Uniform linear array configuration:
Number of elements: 48
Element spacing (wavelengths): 0.5
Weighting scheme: kaiser
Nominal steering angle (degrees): -60
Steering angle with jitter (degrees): -60.52
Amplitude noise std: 0.05
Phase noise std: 0.05

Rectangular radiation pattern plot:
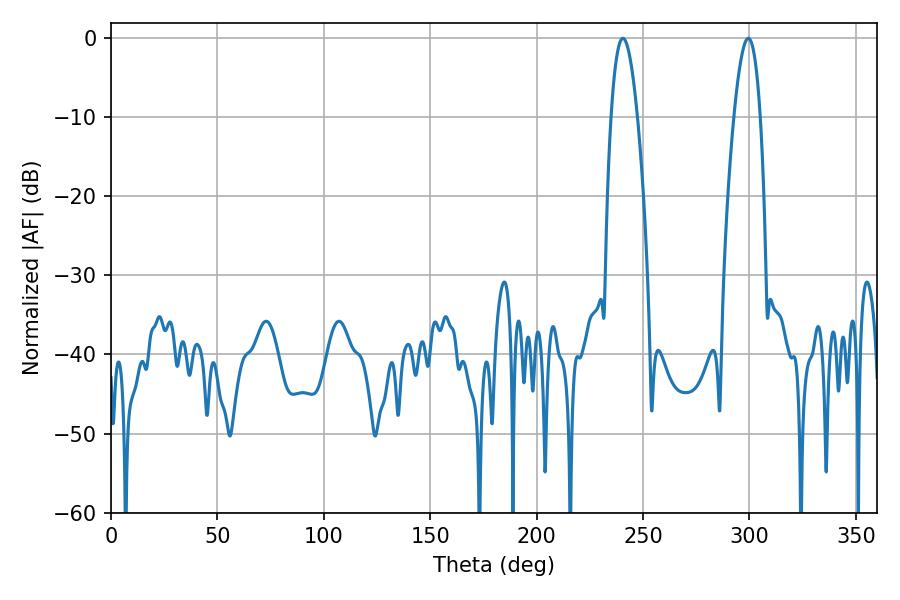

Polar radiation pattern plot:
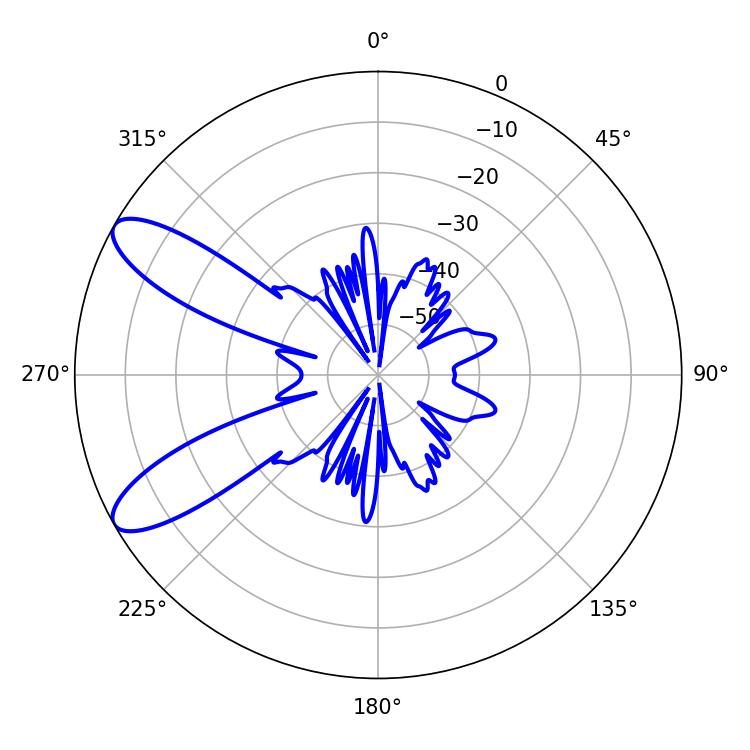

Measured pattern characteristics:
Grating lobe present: FALSE
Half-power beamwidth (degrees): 6.66
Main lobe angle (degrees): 299.52